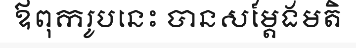
ឪពុករូបនេះ បានសម្តែងមតិ